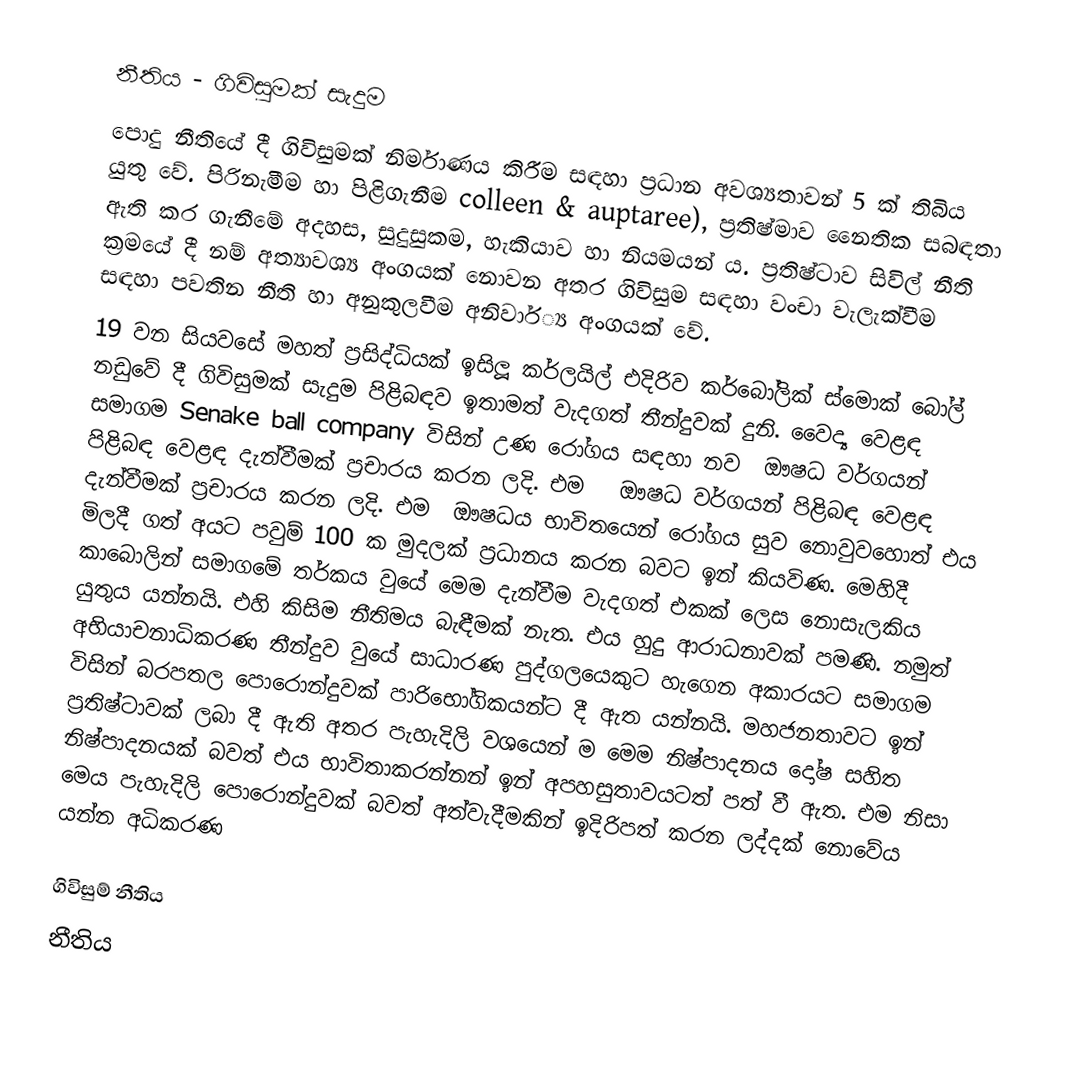
නීතිය - ගිවිසුමක් සැදුම
පොදු නීතියේ දී ගිවිසුමක් නිර්මාණය කිරීම සඳහා ප්‍රධාන අවශ්‍යතාවන් 5 ක් තිබිය යුතු වේ. පිරිනැමීම හා පිළිගැනීම colleen & auptaree), ප්‍රතිෂ්මාව නෛතික සබඳතා ඇති කර ගැනීමේ අදහස, සුදුසුකම, හැකියාව හා නියමයන් ය. ප්‍රතිෂ්ටාව සිවිල් නීති ක්‍රමයේ දී නම් අත්‍යාවශ්‍ය අංගයක් නොවන අතර ගිවිසුම සඳහා වංචා වැලැක්වීම සඳහා පවතින නීති හා අනුකුලවීම අනිවාර්්‍ය අංගයක් වේ.
19 වන සියවසේ මහත් ප්‍රසිද්ධියක් ඉසිලූ කර්ලයිල් එදිරිව කර්බෝලික් ස්මොක්‌ බෝල්  නඩුවේ දී ගිවිසුමක් සැදුම පිළිබඳව ඉතාමත් වැදගත් තීන්දුවක් දුනි. වෛද්‍ය වෙළඳ සමාගම Senake ball company විසින් උණ රෝගය සඳහා නව ‍‍‍‍‍‍‍‍ ‍‍‍‍‍‍‍ඖෂධ වර්ගයන් පිළිබඳ වෙළඳ දැන්වීමක් ප්‍රචාරය කරන ලදි. එම ‍ ‍‍ ඖෂධ වර්ගයන් පිළිබඳ වෙළඳ දැන්වීමක් ප්‍රචාරය කරන ලදි. එම ‍‍‍‍‍ ඖෂධය භාවිතයෙන් රෝගය සුව නොවුවහොත් එය මිලදී ගත් අයට පවුම් 100 ක මුදලක් ප්‍රධානය කරන බවට ඉන් කියවිණ. මෙහිදී කාබොලින් සමාගමේ තර්කය වුයේ මෙම දැන්වීම වැදගත් එකක් ලෙස නොසැලකිය යුතුය යන්නයි. එහි කිසිම නීතිමය බැඳීමක් නැත. එය හුදු ආරාධනාවක් පමණි. නමුත් අභියාචනාධිකරණ තීන්දුව වුයේ  සාධාරණ පුද්ගලයෙකුට  හැ‍ගෙන අකාරයට සමාගම විසින් බරපතල පොරොන්දුවක් පාරිභෝගිකයන්ට දී ඇත යන්නයි. මහජනතාවට ඉන් ප්‍රතිෂ්ටාවක් ලබා දී ඇති අතර පැහැදිලි වශයෙන් ම මෙම නිෂ්පාදනය දෝෂ සහිත නිෂ්පාදනයක් බවත් එය භාවිතාකරන්නන් ඉන් අපහසුතාවයටත් පත් වී ඇත. එම නිසා මෙය පැහැදිලි පොරොන්දුවක් බවත්  අත්වැදීමකින් ඉදිරිපත් කරන ලද්දක් නොවේය යන්න අධිකරණ

ගිවිසුම් නීතිය
නීතිය